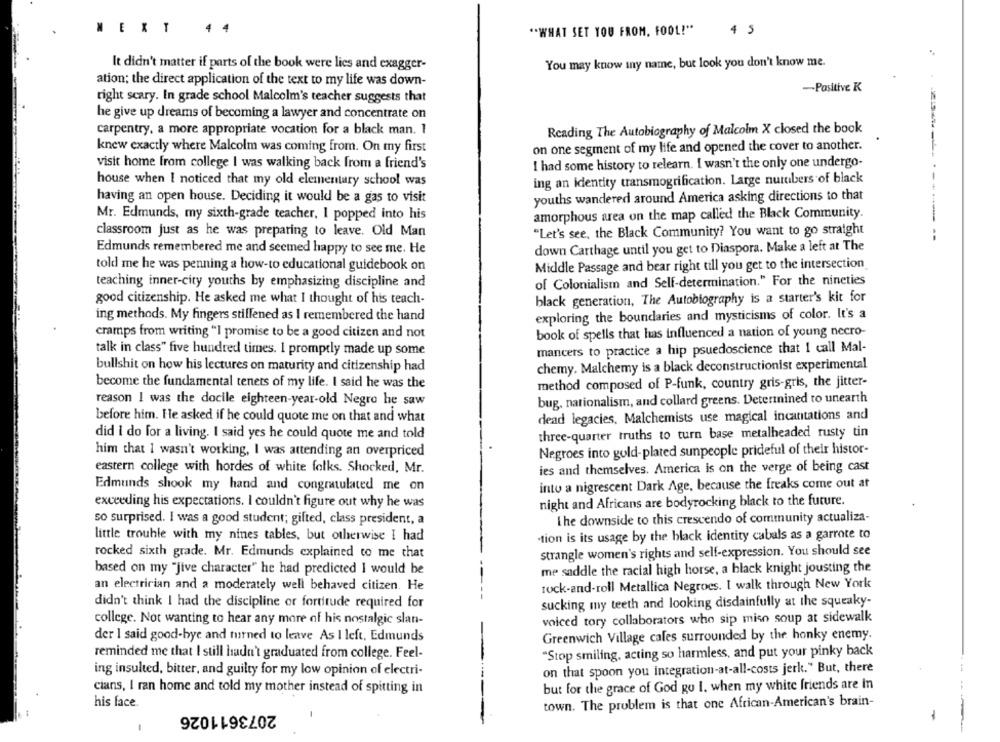
4 4
NEXT
"WHAT SET YOU FROM, FOOL!"
4 5
It didn't matter if parts of the book were lies and exagger-
You may know iny name, but look you don't know me.
ation: the direct application of the text to my life was down-
-Positive K
right scary. In grade school Malcolm's teacher suggests that
he give up dreams of becoming a lawyer and concentrate on
carpentry, a more appropriate vocation for a black man. 1
Reading The Autobiography of Malcolm X closed the book
knew exactly where Malcolm was coming from. On my first
on one segment of my life and opened the cover to another.
I had some history to relearn. I wasn't the only one undergo-
visit home from college I was walking back from a friend's
house when I noticed that my old elementary school was
ing an identity transmogrification. Large nutubers of black
having an open house. Deciding it would be a gas to visit
youths wandered around America asking directions to that
Mr. Edmunds, my sixth-grade teacher, I popped into his
amorphous area on the map called the Black Community.
classroom just as he was preparing to leave. Old Man
"Let's see, the Black Community? You want to go straight
Edmunds remembered me and seemed happy to see me. He
down Carthage until you get to Diaspora. Make a left at The
told me he was penning a how-to educational guidebook on
Middle Passage and bear right till you get to the intersection
of Colonialism and Self-determination." For the nineties
teaching inner-city youths by emphasizing discipline and
good citizenship. He asked me what I thought of his teach-
black generation, The Autobiography is a starter's kit for
ing methods. My fingers stillened as I remembered the hand
exploring the boundaries and mysticisms of color. It's a
book of spells that has influenced a nation of young necro-
cramps from writing "I promise to be a good citizen and not
mancers to practice a hip psuedoscience that 1 call Mal-
talk in class" five hundred times. 1 promptly made up some
bullshit on how his lectures on maturity and citizenship had
chemy. Malchemy is a black deconstructionist experimental
become the fundamental tenets of my life. I said he was the
method composed of P-funk, country gris-gris, the jitter-
bug, nationalism, and collard greens. Determined to unearth
reason I was the docile eighteen-year-old Negro he saw
before him. He asked if he could quote me on that and what
dead legacies, Malchemists use magical incantations and
did i do for a living. I said yes he could quote me and told
three-quarter truths to turn base metalheaded rusty tin
him that I wasn't working, I was attending an overpriced
Negroes into gold-plated sunpeople prideful of their histor-
ies and themselves. America is on the verge of being cast
eastern college with hordes of white folks. Shocked, Mr.
Edmunds shook my hand and congratulated me on
into a nigrescent Dark Age, because the freaks come out at
exceeding his expectations. I couldn't figure out why he was
night and Africans are bodyrocking black to the future.
The downside to this crescendo of community actualiza-
so surprised. I was a good student; gifted, class president, a
tion is its usage by the black identity cabals as a garrote to
little trouble with my nines tables, but otherwise I had
rocked sixth grade. Mr. Edmunds explained to me that
strangle women's rights and self-expression. You should see
based on my "jive character" he had predicted I would be
me saddle the racial high horse, a black knight jousting the
an electrician and a moderately well behaved citizen. He
rock-and-roll Metallica Negrocs. I walk through New York
sucking my teeth and looking disdainfully at the squeaky-
didn't think I had the discipline or fortitude required for
college. Not wanting to hear any more of his nostalgic slan-
voiced tory collaborators who sip miso soup at sidewalk
der I said good-bye and turned to leave As I left, Edmunds
Greenwich Village cales surrounded by the honky enemy.
"Stop smiling, acting so harmless, and put your pinky back
reminded me that I still hadn't graduated from college. Feel-
ing insulted, bitter, and guilty for my low opinion of electri-
on that spoon you integration-at-all-costs jerk." But, there
cians, I ran home and told my mother instead of spitting in
but for the grace of God go I. when my white friends are In
his face.
town. The problem is that one African-American's brain-
2073611026
-